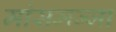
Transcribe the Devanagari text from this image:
मांसमज्जा